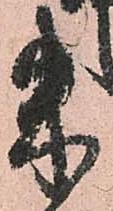
朱